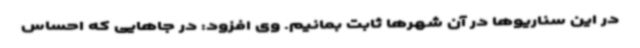
در این سناریوها در آن شهرها ثابت بمانیم. وی افزود: در جاهایی که احساس